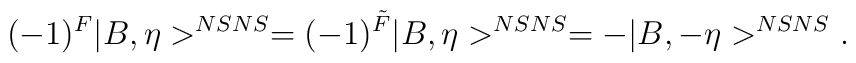
(-1)^{F}|B, \eta>^{NSNS}=(-1)^{\tilde{F}}|B, \eta>^{NSNS}=-|B, -\eta>^{NSNS}.